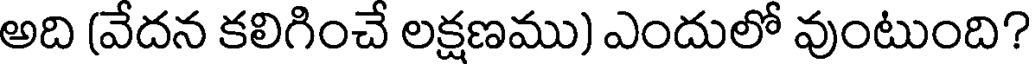
అది (వేదన కలిగించే లక్షణము) ఎందులో వుంటుంది?